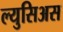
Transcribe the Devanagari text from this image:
ल्युसिअस